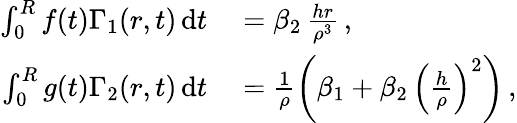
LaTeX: \begin{array}{rl}{\int_{0}^{R}f(t)\Gamma_{1}(r,t)\, \mathrm{d}t}&{{}=\beta_{2}\, \frac{hr}{\rho^{3}}\, ,}\\ {\int_{0}^{R}g(t)\Gamma_{2}(r,t)\, \mathrm{d}t}&{{}=\frac{1}{\rho}\left(\beta_{1}+\beta_{2}\, \left(\frac{h}{\rho}\right)^{2}\right)\, ,}\end{array}